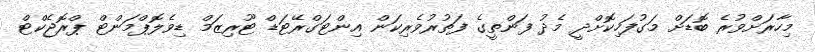
މިހާރަށްވުރެ ބޮޑަށް މަގުފަހިކޮށްދީ މެދު ފަންތީގެ ފަތުރުވެރިކަން އިންޓަގްރޭޓަޑް ޓޫރިޒަމް ޑިވެލޮޕްމަންޓް ޕްރޮޖެކްޓް